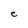
Character: e